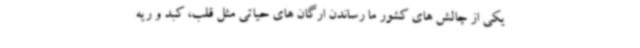
یکی از چالش های کشور ما رساندن ارگان های حیاتی مثل قلب، کبد و ریه